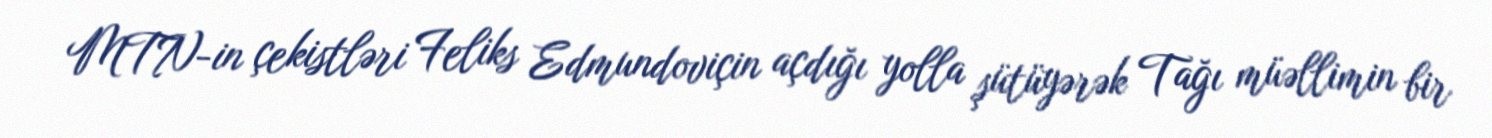
MTN-in çekistləri Feliks Edmundoviçin açdığı yolla şütüyərək Tağı müəllimin bir